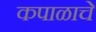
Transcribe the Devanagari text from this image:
कपाळाचे